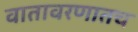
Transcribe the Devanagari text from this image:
वातावरणातच